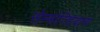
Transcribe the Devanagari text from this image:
सेम्मोज्हियाना